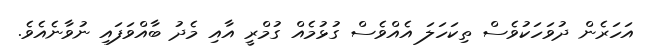
އަހަރެން ދުވަހަކުވެސް ތިކަހަލަ އެއްވެސް ގުޅުމެއް ގުމްރީ އާއި މެދު ބާއްވަފައި ނުވާނެއެވެ.